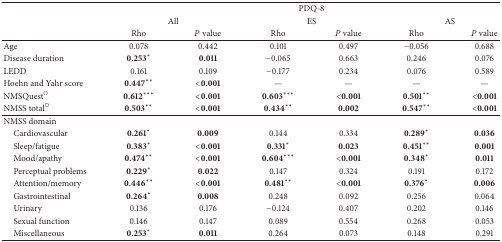
<table><thead><tr><td><b> </b></td><td colspan="6"><b>PDQ-8</b></td></tr><tr><td><b> </b></td><td colspan="2"><b>All</b></td><td colspan="2"><b>ES</b></td><td colspan="2"><b>AS</b></td></tr><tr><td><b> </b></td><td><b>Rho</b></td><td><b><i>P</i> value</b></td><td><b>Rho</b></td><td><b><i>P</i> value</b></td><td><b>Rho</b></td><td><b><i>P</i> value</b></td></tr></thead><tbody><tr><td>Age</td><td>0.078</td><td>0.442</td><td>0.101</td><td>0.497</td><td>−0.056</td><td>0.688</td></tr><tr><td>Disease duration</td><td>0.253*</td><td><b>0.011</b></td><td>−0.065</td><td>0.663</td><td>0.246</td><td>0.076</td></tr><tr><td>LEDD</td><td>0.161</td><td>0.109</td><td>−0.177</td><td>0.234</td><td>0.076</td><td>0.589</td></tr><tr><td>Hoehn and Yahr score </td><td>0.447**</td><td><b>&lt;0.001</b></td><td>—</td><td>—</td><td>—</td><td>—</td></tr><tr><td>NMSQuest<sup>○</sup></td><td>0.612***</td><td><b>&lt;0.001</b></td><td>0.603***</td><td><b>&lt;0.001</b></td><td>0.501**</td><td><b>&lt;0.001</b></td></tr><tr><td>NMSS total<sup>○</sup></td><td>0.503**</td><td><b>&lt;0.001</b></td><td>0.434**</td><td><b>0.002</b></td><td>0.547**</td><td><b>&lt;0.001</b></td></tr><tr><td>NMSS domain</td><td> </td><td> </td><td> </td><td> </td><td> </td><td> </td></tr><tr><td> Cardiovascular</td><td>0.261*</td><td><b>0.009</b></td><td>0.144</td><td>0.334</td><td>0.289*</td><td><b>0.036</b></td></tr><tr><td> Sleep/fatigue </td><td>0.383*</td><td><b>&lt;0.001</b></td><td>0.331*</td><td><b>0.023</b></td><td>0.451**</td><td><b>0.001</b></td></tr><tr><td> Mood/apathy</td><td>0.474**</td><td><b>&lt;0.001</b></td><td>0.604***</td><td><b>&lt;0.001</b></td><td>0.348*</td><td><b>0.011</b></td></tr><tr><td> Perceptual problems</td><td>0.229*</td><td><b>0.022</b></td><td>0.147</td><td>0.324</td><td>0.191</td><td>0.172</td></tr><tr><td> Attention/memory</td><td>0.446**</td><td><b>&lt;0.001</b></td><td>0.481**</td><td><b>&lt;0.001</b></td><td>0.376*</td><td><b>0.006</b></td></tr><tr><td> Gastrointestinal</td><td>0.264*</td><td><b>0.008</b></td><td>0.248</td><td>0.092</td><td>0.256</td><td>0.064</td></tr><tr><td> Urinary</td><td>0.136</td><td>0.176</td><td>−0.124</td><td>0.407</td><td>0.202</td><td>0.146</td></tr><tr><td> Sexual function</td><td>0.146</td><td>0.147</td><td>0.089</td><td>0.554</td><td>0.268</td><td>0.053</td></tr><tr><td> Miscellaneous</td><td>0.253*</td><td><b>0.011</b></td><td>0.264</td><td>0.073</td><td>0.148</td><td>0.291</td></tr></tbody></table>